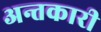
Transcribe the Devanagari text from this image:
अन्तकारी